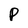
Character: p